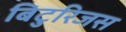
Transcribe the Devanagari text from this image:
बिटुरिजस